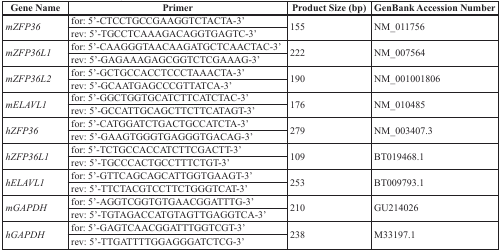
| Gene Name | Primer | Product Size (bp) | GenBank Accession Number |
 | --- | --- | --- | --- |
 | <ROWSPAN=2> mZFP36 | for: 5′-CTCCTGCCGAAGGTCTACTA-3′ | <ROWSPAN=2> 155 | <ROWSPAN=2> NM_011756 |
 | rev: 5′-TGCCTCAAAGACAGGTGAGTC-3′ |
 | <ROWSPAN=2> mZFP36L1 | for: 5′-CAAGGGTAACAAGATGCTCAACTAC-3′ | <ROWSPAN=2> 222 | <ROWSPAN=2> NM_007564 |
 | rev: 5′-GAGAAAGAGCGGTCTCGAAAG-3′ |
 | <ROWSPAN=2> mZFP36L2 | for: 5′-GCTGCCACCTCCCTAAACTA-3′ | <ROWSPAN=2> 190 | <ROWSPAN=2> NM_001001806 |
 | rev: 5′-GCAATGAGCCCGTTATCA-3′ |
 | <ROWSPAN=2> mELAVL1 | for: 5′-GGCTGGTGCATCTTCATCTAC-3′ | <ROWSPAN=2> 176 | <ROWSPAN=2> NM_010485 |
 | rev: 5′-GCCATTGCAGCTTCTTCATAGT-3′ |
 | <ROWSPAN=2> hZFP36 | for: 5′-CATGGATCTGACTGCCATCTA-3′ | <ROWSPAN=2> 279 | <ROWSPAN=2> NM_003407.3 |
 | rev: 5′-GAAGTGGGTGAGGGTGACAG-3′ |
 | <ROWSPAN=2> hZFP36L1 | for: 5′-TCTGCCACCATCTTCGACTT-3′ | <ROWSPAN=2> 109 | <ROWSPAN=2> BT019468.1 |
 | rev: 5′-TGCCCACTGCCTTTCTGT-3′ |
 | <ROWSPAN=2> hELAVL1 | for: 5′-GTTCAGCAGCATTGGTGAAGT-3′ | <ROWSPAN=2> 253 | <ROWSPAN=2> BT009793.1 |
 | rev: 5′-TTCTACGTCCTTCTGGGTCAT-3′ |
 | <ROWSPAN=2> mGAPDH | for: 5′-AGGTCGGTGTGAACGGATTTG-3′ | <ROWSPAN=2> 210 | <ROWSPAN=2> GU214026 |
 | rev: 5′-TGTAGACCATGTAGTTGAGGTCA-3′ |
 | <ROWSPAN=2> hGAPDH | for: 5′-GAGTCAACGGATTTGGTCGT-3′ | <ROWSPAN=2> 238 | <ROWSPAN=2> M33197.1 |
 | rev: 5′-TTGATTTTGGAGGGATCTCG-3′ |